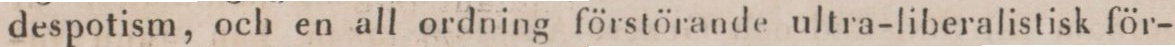
despotism, och en all ordning förstörande ultra-liberalistisk för-